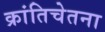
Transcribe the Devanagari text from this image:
क्रांतिचेतना